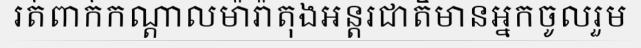
រត់ពាក់កណ្តាលម៉ារ៉ាតុងអន្តរជាតិមានអ្នកចូលរួម